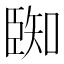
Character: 𮍑